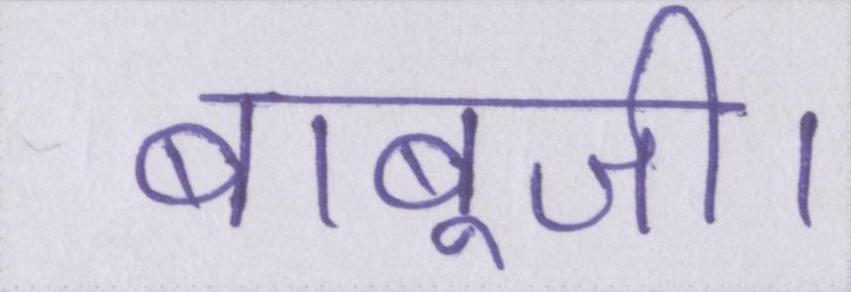
बाबूजी।